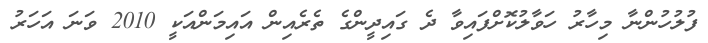
ފުލުހުންނާ މިހާރު ހަވާލުކޮށްފައިވާ ދެ ގައިދީންގެ ތެރެއިން އައިމަންއަކީ 2010 ވަނަ އަހަރު